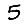
Digit: 5